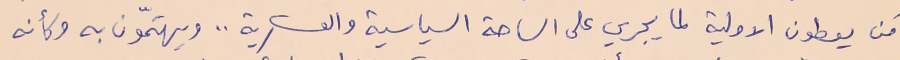
مَن يعطون الاولية لما يجري على الساحة السياسية والعسكرية .. ويهتمّون به وكأنه